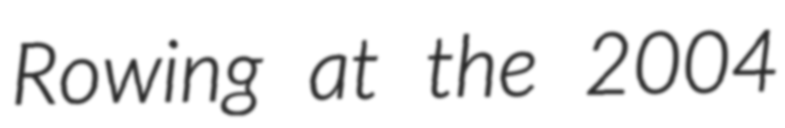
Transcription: Rowing at the 2004